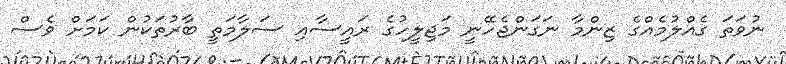
ނުވަތަ ގެއްލުމެއްގެ ޒިންމާ ނަގަންޖެހޭނީ މަޖިލީހުގެ ރައީސާއި ސަލާމަތީ ބާރުތަކުން ކަމަށް ވެސް